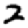
Digit: 2